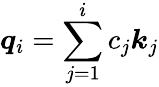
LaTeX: \boldsymbol{q}_{i}=\sum_{j=1}^{i}c_{j}\boldsymbol{k}_{j}